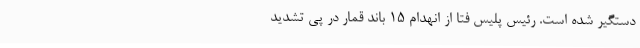
دستگیر شده است. رئیس پلیس فتا از انهدام 15 باند قمار در پی تشدید